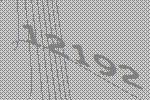
12192